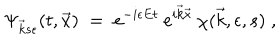
\Psi _ { \vec { k } s \epsilon } ( t , \vec { x } ) \; = \; e ^ { - i \epsilon E t } \: e ^ { i \vec { k } \vec { x } } \: \chi ( \vec { k } , \epsilon , s ) \; ,